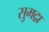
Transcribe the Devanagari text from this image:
सुमद्रा